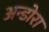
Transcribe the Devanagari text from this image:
अन्डोरा